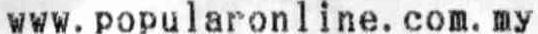
WWW.POPULARONLINE.COM.MY